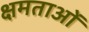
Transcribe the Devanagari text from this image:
क्षमताआें